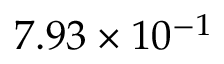
7 . 9 3 \times 1 0 ^ { - 1 }